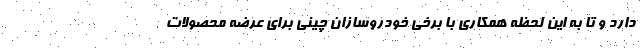
دارد و تا به این لحظه همکاری با برخی خودروسازان چینی برای عرضه محصولات